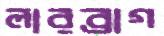
লারব্রাগ